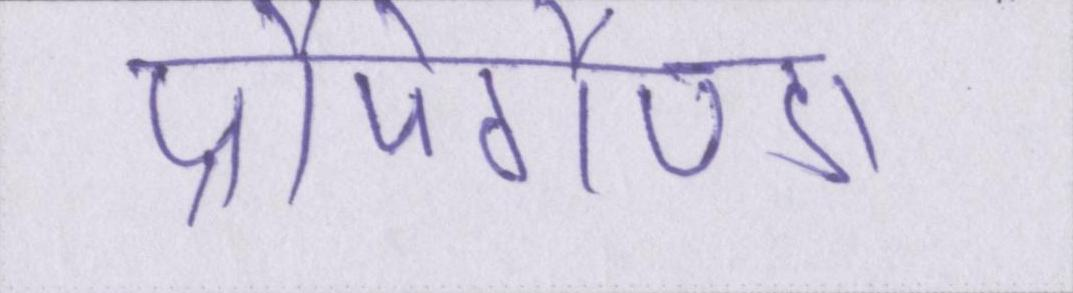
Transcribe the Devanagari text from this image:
प्रौपेगैण्डा।